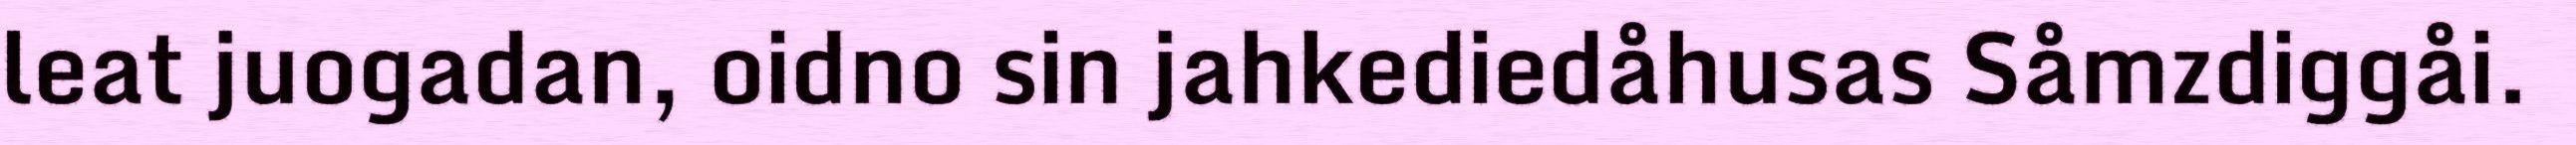
leat juogadan, oidno sin jahkediedåhusas Såmzdiggåi.